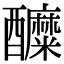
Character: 醾